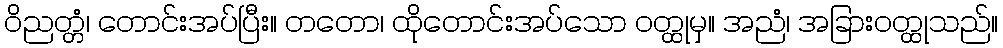
ဝိညတ္တံ၊ တောင်းအပ်ပြီး။ တတော၊ ထိုတောင်းအပ်သော ဝတ္ထုမှ။ အညံ၊ အခြားဝတ္ထုသည်။